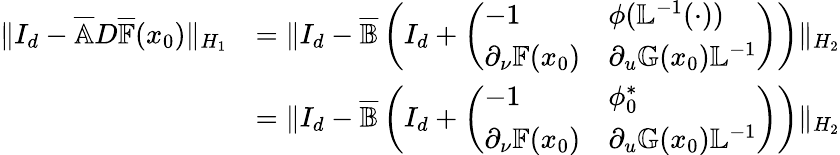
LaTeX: \begin{array}{rl}{\| I_{d}-\overline{{\mathbb{A}}}D\overline{{\mathbb{F}}}(x_{0})\| _{H_{1}}}&{=\| I_{d}-\overline{{\mathbb{B}}}\left(I_{d}+\left(\begin{array}{ll}{-1}&{\phi(\mathbb{L}^{-1}(\cdot))}\\ {\partial_{\nu}\mathbb{F}(x_{0})}&{\partial_{u}\mathbb{G}(x_{0})\mathbb{L}^{-1}}\end{array}\right)\right)\| _{H_{2}}}\\ &{=\| I_{d}-\overline{{\mathbb{B}}}\left(I_{d}+\left(\begin{array}{ll}{-1}&{\phi_{0}^{*}}\\ {\partial_{\nu}\mathbb{F}(x_{0})}&{\partial_{u}\mathbb{G}(x_{0})\mathbb{L}^{-1}}\end{array}\right)\right)\| _{H_{2}}}\end{array}